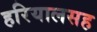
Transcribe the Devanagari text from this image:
हरियालसह